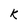
Character: k